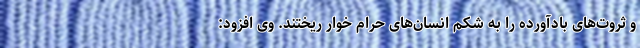
و ثروت‌های بادآورده را به شکم انسان‌های حرام خوار ریختند. وی افزود: